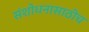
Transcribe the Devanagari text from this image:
संशोधनासाठीच